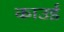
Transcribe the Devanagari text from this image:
काउई